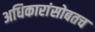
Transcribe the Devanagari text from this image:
अधिकारांसोबतच